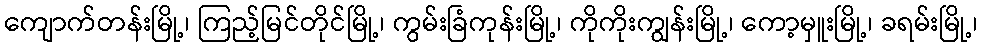
ကျောက်တန်းမြို့၊ ကြည့်မြင်တိုင်မြို့၊ ကွမ်းခြံကုန်းမြို့၊ ကိုကိုးကျွန်းမြို့၊ ကော့မှူးမြို့၊ ခရမ်းမြို့၊